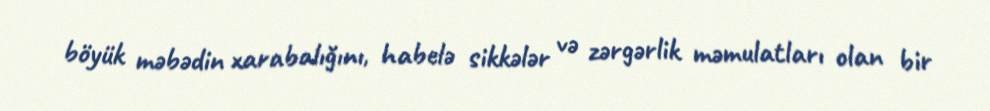
böyük məbədin xarabalığını, habelə sikkələr və zərgərlik məmulatları olan bir